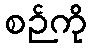
စဉ်ကို